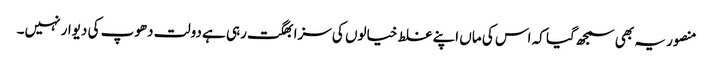
منصور یہ بھی سمجھ گیا کہ اس کی ماں اپنے غلط خیالوں کی سزا بھگت رہی ہے دولت دھوپ کی دیوار نہیں۔